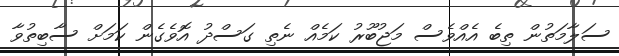
ސަލާމަތުން ތިބެ އެއްވެސް މަޖުބޫރު ކަމެއް ނެތި ގަސްދު އޮވެގެން ކަމަށް ސާބިތުވާ